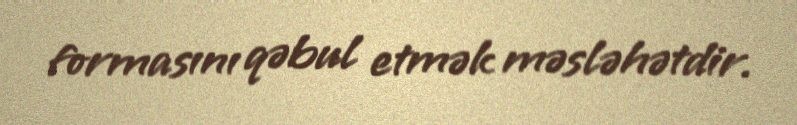
formasını qəbul etmək məsləhətdir.